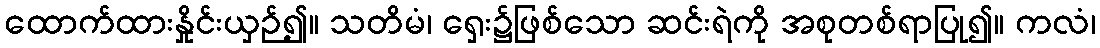
ထောက်ထားနှိုင်းယှဉ်၍။ သတိမံ၊ ရှေး၌ဖြစ်သော ဆင်းရဲကို အစုတစ်ရာပြု၍။ ကလံ၊